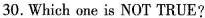
30.Which one is NOT TRUE?